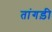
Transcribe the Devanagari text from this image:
तांगड़ी